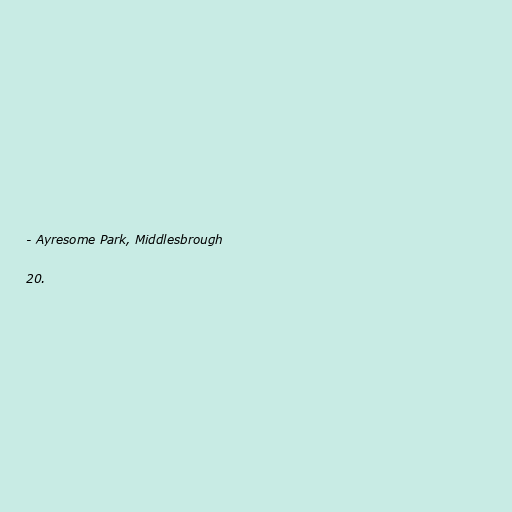
- Ayresome Park, Middlesbrough

20.